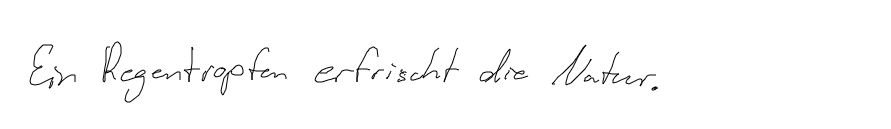
Ein Regentropfen erfrischt die Natur.